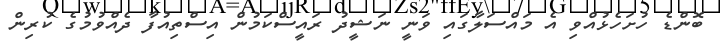
ބޮންޑެ ހުށަހެޅުއްވި އެ މައްސަލާގައި ވަނީ ނަޝީދު ރައީސްކަމުން އިސްތިއުފާ ދެއްވުމުގެ ކުރިން